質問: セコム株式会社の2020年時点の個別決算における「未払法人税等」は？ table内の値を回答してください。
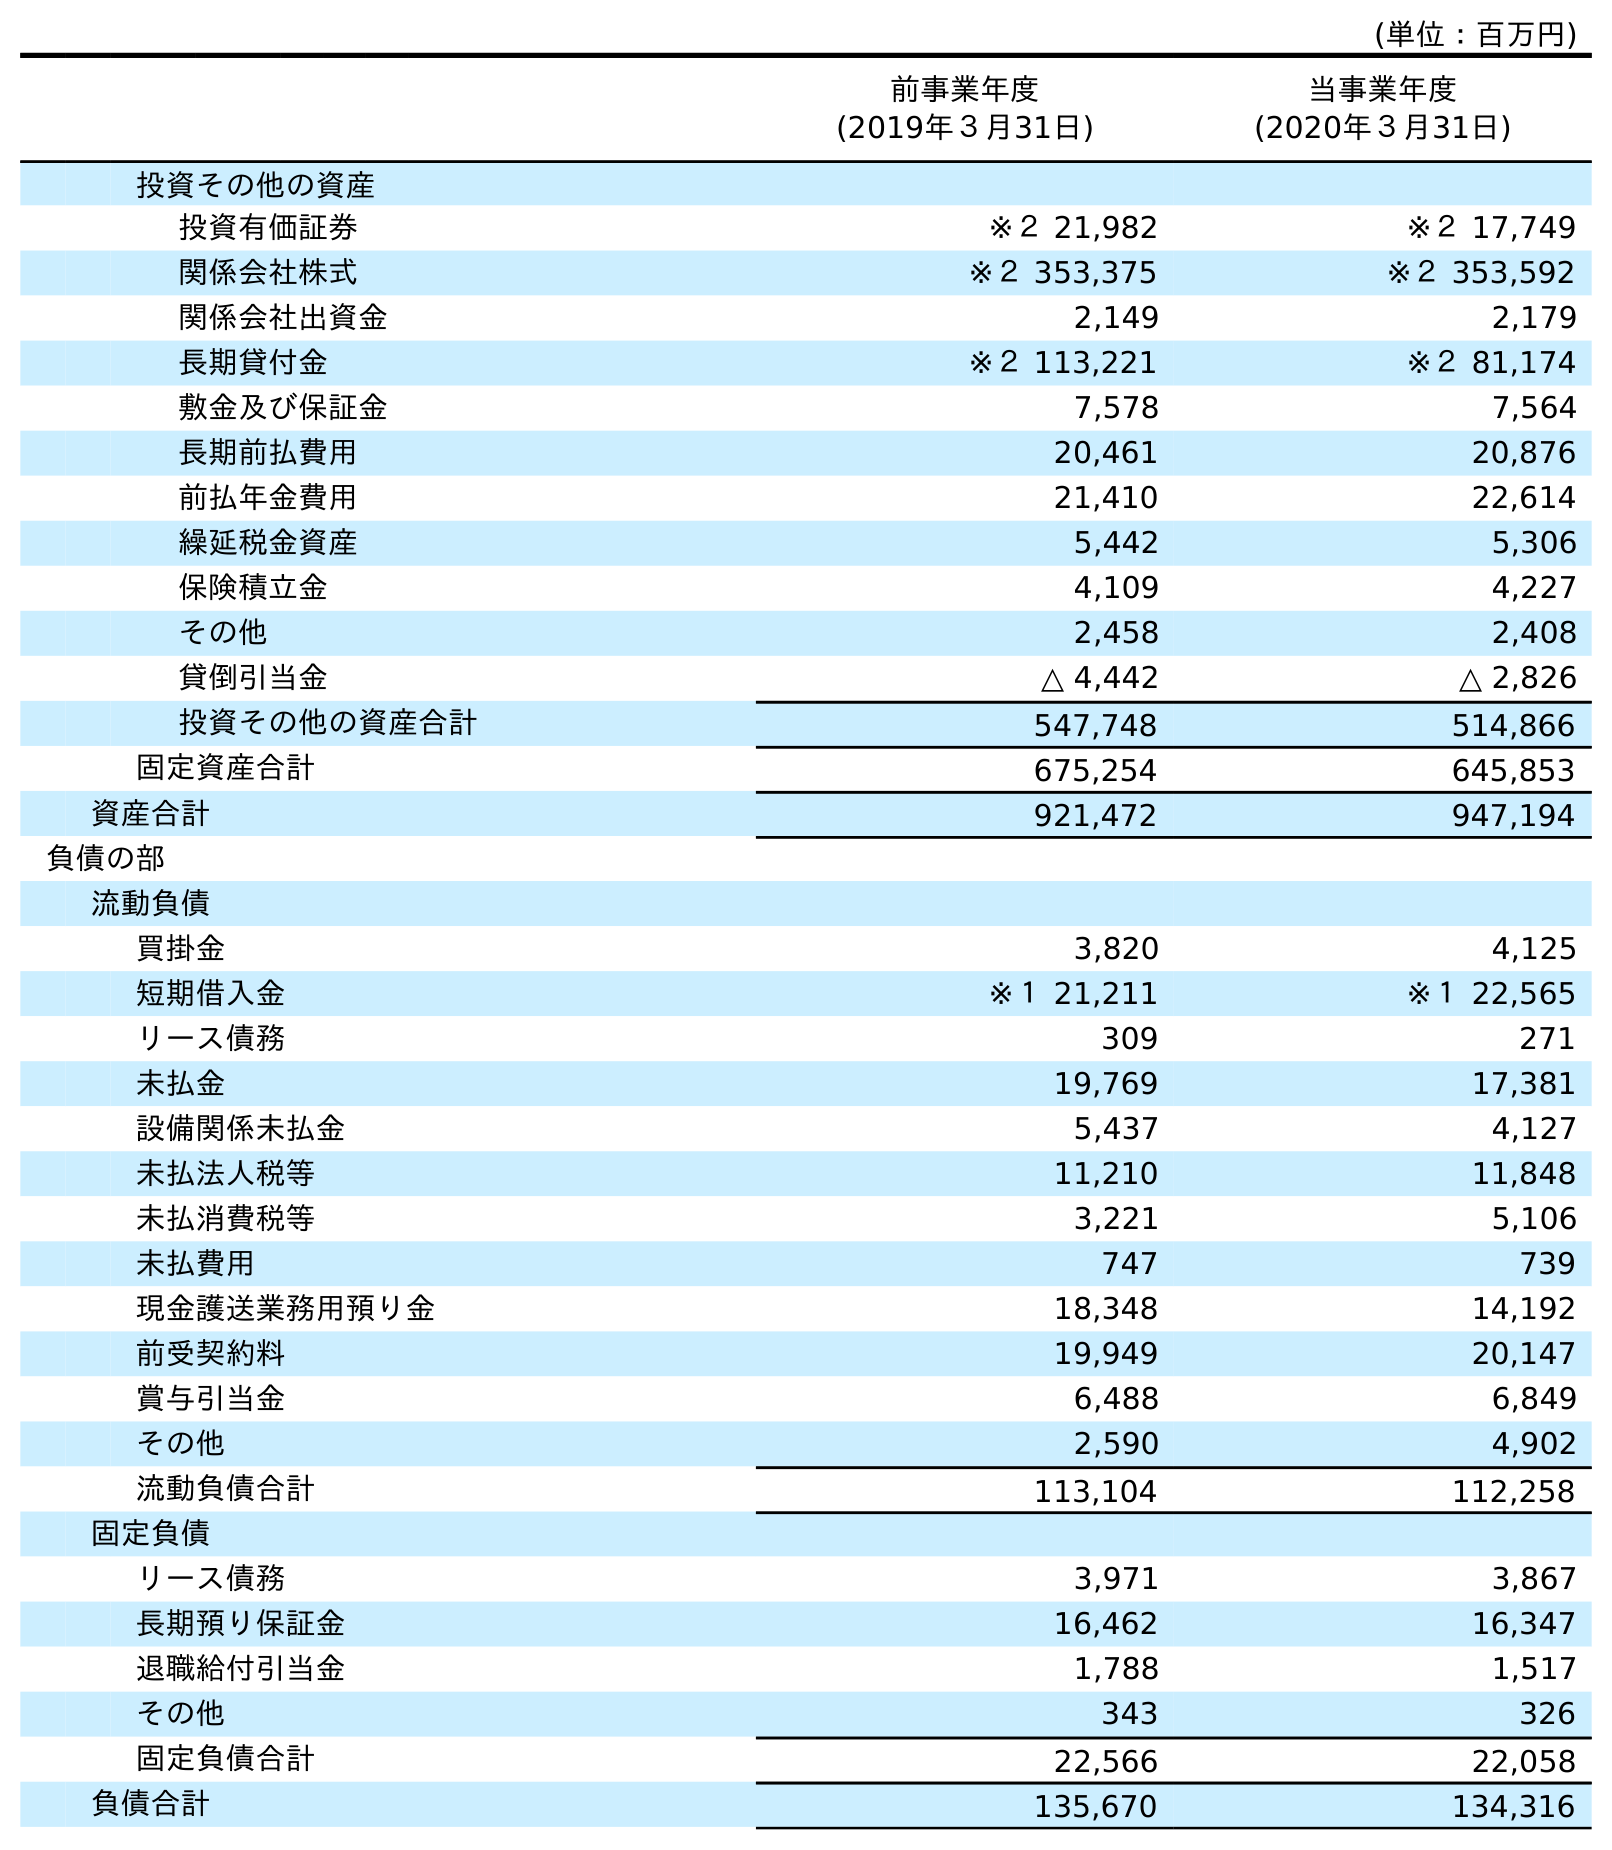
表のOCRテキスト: (単位：百万円) 前事業年度 (2019年３月31日) 当事業年度 (2020年３月31日) 投資その他の資産 投資有価証券 ※２ 21,982 ※２ 17,749 関係会社株式 ※２ 353,375 ※２ 353,592 関係会社出資金 2,149 2,179 長期貸付金 ※２ 113,221 ※２ 81,174 敷金及び保証金 7,578 7,564 長期前払費用 20,461 20,876 前払年金費用 21,410 22,614 繰延税金資産 5,442 5,306 保険積立金 4,109 4,227 その他 2,458 2,408 貸倒引当金 △ 4,442 △ 2,826 投資その他の資産合計 547,748 514,866 固定資産合計 675,254 645,853 資産合計 921,472 947,194 負債の部 流動負債 買掛金 3,820 4,125 短期借入金 ※１ 21,211 ※１ 22,565 リース債務 309 271 未払金 19,769 17,381 設備関係未払金 5,437 4,127 未払法人税等 11,210 11,848 未払消費税等 3,221 5,106 未払費用 747 739 現金護送業務用預り金 18,348 14,192 前受契約料 19,949 20,147 賞与引当金 6,488 6,849 その他 2,590 4,902 流動負債合計 113,104 112,258 固定負債 リース債務 3,971 3,867 長期預り保証金 16,462 16,347 退職給付引当金 1,788 1,517 その他 343 326 固定負債合計 22,566 22,058 負債合計 135,670 134,316
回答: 11,848